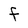
Character: F